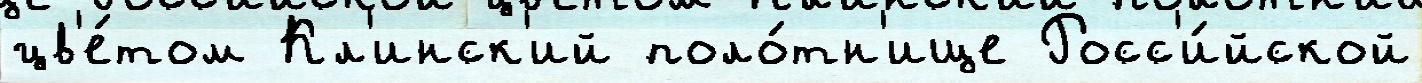
цв'е́том Кл'инск'ий поло́тн'ище Росс'и́йской